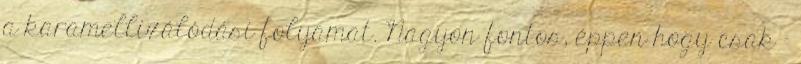
a karamellizálódási folyamat. Nagyon fontos, éppen hogy csak –